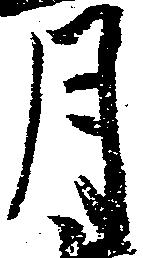
月